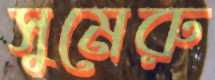
সুমেরু